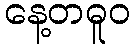
နေ့တဓူဝ